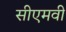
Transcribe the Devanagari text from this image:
सीएमवी